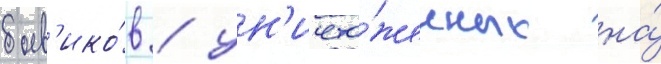
боев'ико́в / ун'ичто́женных на́